Report on the Civil Veterinary Department, Eastern Bengal and Assam - 1907-1911
Year: 1907
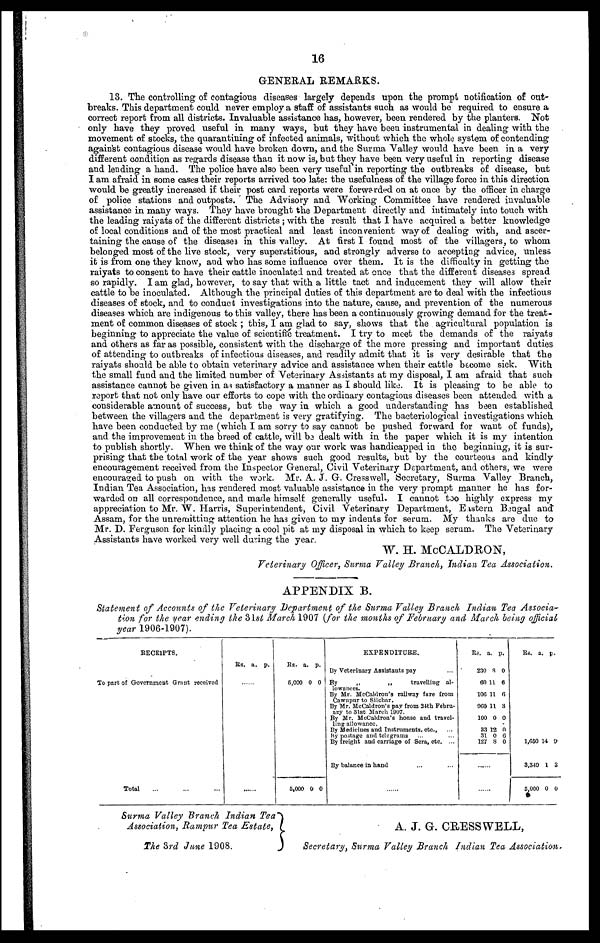
16
GENERAL REMARKS.
13. The controlling of contagious diseases largely depends upon the prompt notification of out-
breaks. This department could never employ a staff of assistants such as would be required to eusure a
correct report from all districts. Invaluable assistance has, however, been rendered by the planters. Not
only have they proved useful in many ways, but they have been instrumental in dealing with the
movement of stocks, the quarantining of infected animals, without which the whole system of contending
against contagious disease would have broken down, and the Surma Valley would have been in a very
different condition as regards disease than it now is, but they have been very useful in reporting disease
and lending a hand. The police have also been very useful in reporting the outbreaks of disease, but
I am afraid in some cases their reports arrived too late: the usefulness of the village force in this direction
would be greatly increased if their post card reports were forwarded on at once by the officer in charge
of police stations and outposts. ' The Advisory and Working Committee have rendered invaluable
assistance in many ways. They have brought the Department directly and intimately into touch with
the leading raiyats of the different districts ; with the result that I have acquired a better knowledge
of local conditions and of the most practical and least inconvenient way of dealing with, and ascer-
taining the cause of the diseases in this valley. At first I found most of the villagers, to whom
belonged most of the live stock, very superstitious, and strongly adverse to accepting advice, unless
it is from one they know, and who has some influence over them. It is the difficulty in getting the
raiyats to consent to have their cattle inoculated and treated at once that the different diseases spread
so rapidly. I am glad, however, to say that with a little tact and inducement they will allow their
cattle to be inoculated. Although the principal duties of this department are to deal with the infectious
diseases of stock, and to conduct investigations into the nature, cause, and prevention of the numerous
diseases which are indigenous to this valley, there has been a continuously growing demand for the treat-
ment of common diseases of stock ; this, I am glad to say, shows that the agricultural population is
beginning to appreciate the value of scientific treatment. I try to meet the demands of the raiyats
and others as far as possible, consistent with the discharge of the more pressing and important duties
of attending to outbreaks of infectious diseases, and readily admit that it is very desirable that the
raiyats should be able to obtain veterinary advice and assistance when their cattle become sick. With
the small fund and the limited number of Veterinary Assistants at my disposal, I am afraid that such
assistance cannot be given in as satisfactory a manner as I should like. It is pleasing to be able to
report that not only have our efforts to cope with the ordinary contagious diseases been attended with a
considerable amount of success, but the way in which a good understanding has been established
between the villagers and the department is very gratifying. The bacteriological investigations which
have been conducted by me (which I am sorry to say cannot be pushed forward for want of funds),
and the improvement in the breed of cattle, will be dealt with in the paper which it is my intention
to publish shortly. When we think of the way our work was handicapped in the beginning, it is sur-
prising that the total work of the year shows such good results, but by the courteous and kindly
encouragement received from the Inspector General, Civil Veterinary Department, and others, we were
encouraged to push on with the work. Mr. A. J. G. Cress well, Secretary, Surma Valley Branch,
Indian Tea Association, has rendered most valuable assistance in the very prompt manner he has for-
warded on all correspondence, and made himself generally useful. I cannot too highly express my
appreciation to Mr. W. Harris, Superintendent, Civil Veterinary Department, Eastern Bengal and
Assam, for the unremitting attention he has given to my indents for serum. My thanks are due to
Mr. D. Ferguson for kindly placing a cool pit at my disposal in which to keep serum. The Veterinary
Assistants have worked very well during the year.
W. H. McCALDRON,
Veterinary Officer, Surma Valley Branch, Indian Tea Association.
APPENDIX B.
Statement of Accounts of the Veterinary Department of the Surma Valley Branch Indian Tea Associa-
tion for the year ending the 31st March 1907 (for the months of February and March being official
year 1906-1907).
RECEIPTS.
To part of Government Grant received
Total
Rs. a. p.
Rs.
6,000
5,000
a.
0
0
p.
0
0
EXPENDITURE.
By Veterinary Assistants pay
By
„
„
travelling al-
lowances.
By Mr. McCaldron's railway fare from
Cawnpur to Silchar.
By Mr. McCaldron's pay from 24th Febru-
ary to 31st March 1907.
By Mr. McCaldron's house and travel-
ling allowance.
By Medicines and Instruments, etc., ...
By postage and telegrams ... ...
By freight and carriage of Sera, etc. ...
By balance in hand
Rs.
230
60
106
960
100
33
31
127
......
......
a.
8
11
11
11
0
12
0
8
p.
0
6
0
3
0
0
6
0
Rs.
1,650
3,349
5,000
a.
14
1
0
p.
9
3
0
Surma Valley Branch Indian Tea
Association, Rampur Tea Estate,
The 3rd June 1908.
A. J. G. CRESS WELL,
Secretary, Surma Valley Branch Indian Tea Association,